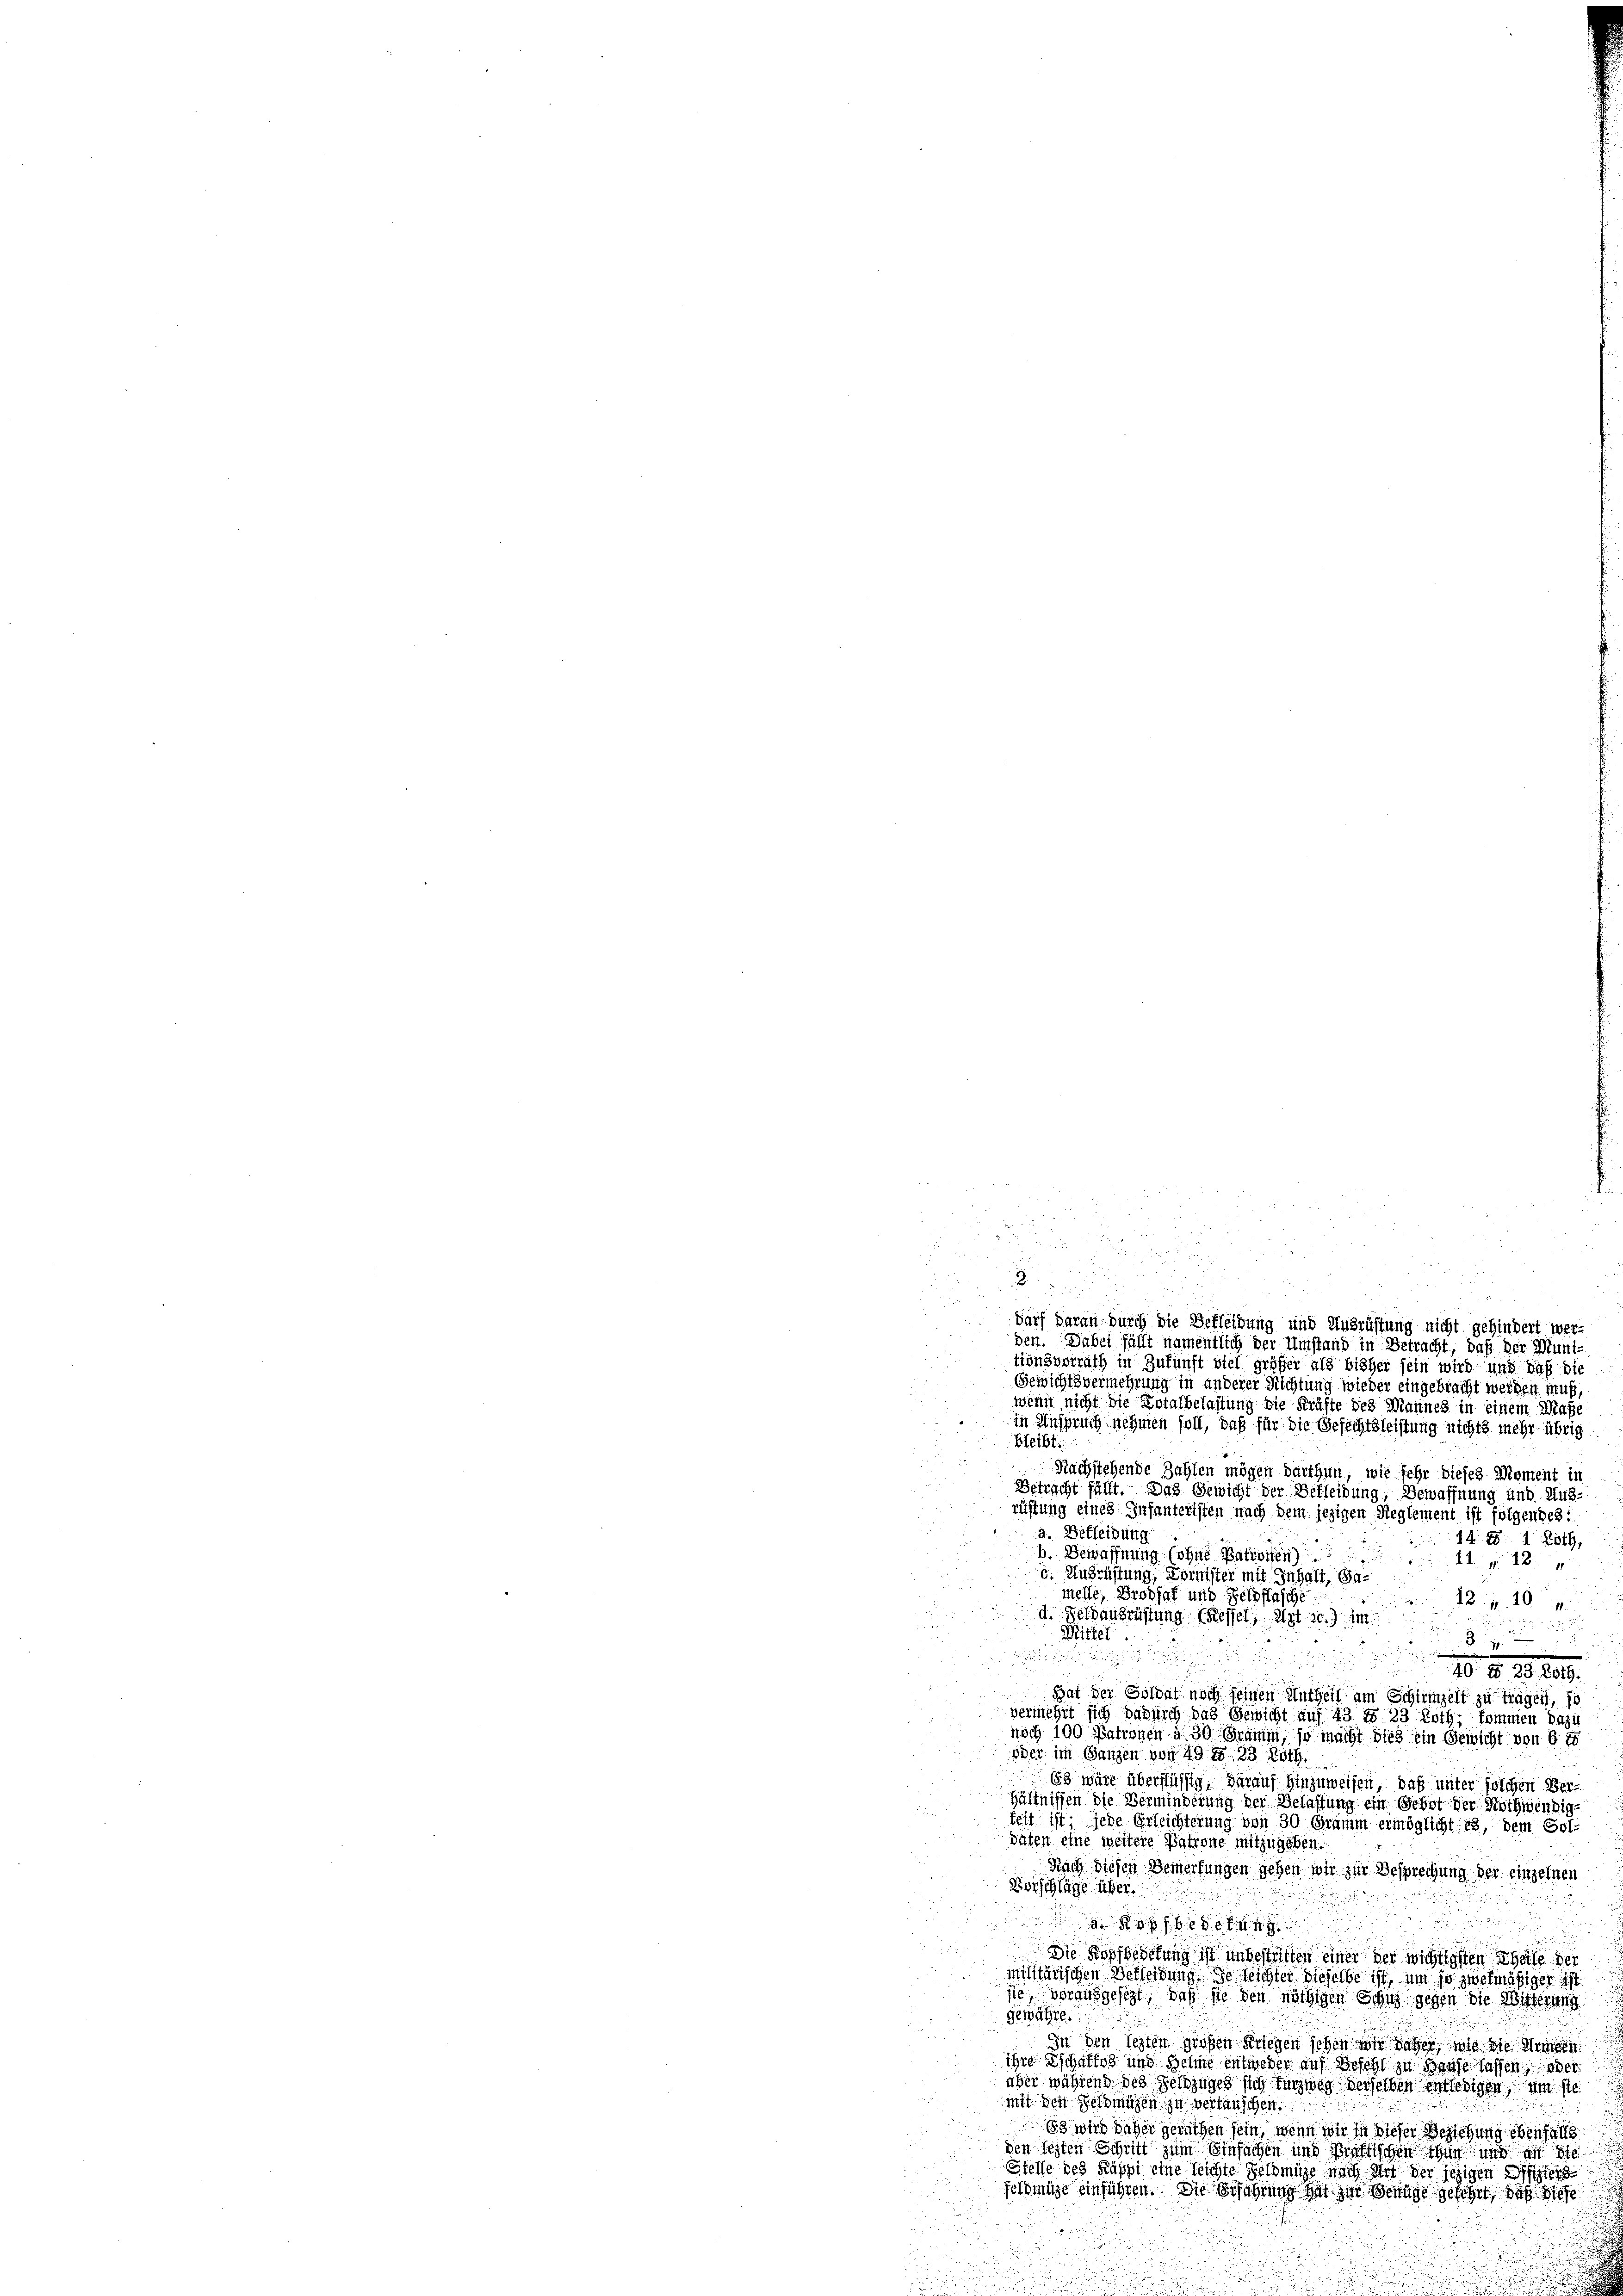
2
d

darf daran durch die Befleidung und Ausrüstung nicht gehindert wer¬

den. Dabei fällt namentlich der Umstand in Betracht, daß der Muni-
tionsvorrath in Zukunft viel größer als bisher sein wird und daß die
Gewichtsvermehrung in anderer Richtung wieder eingebracht werden muß,
wenn nicht die Dotalbelastung die Kräfte des Mannes in einem Maße
in Anspruch nehmen soll, daß für die Gefechtsleistung nichts mehr übrig
bleibt.
Nachstehende Zahlen mögen darthun, wie sehr dieses Moment in
Betracht fällt. Das Gewicht der Befleibung, Bewaffnung und Aus-
rüstung eines Infanteristen nach dem jezigen Reglement ist folgendes:
a. Bekleidung
14. d. 1 Loth,
b. Bewaffnung (ohne Vaterien)
  .
c. Ausrüstung, Dornister mit Inhalt, Gamelle, Brodsaf und Geldflasche
12. 710
d. Gerausrüstung (Kessel, Art. 30. Im
Witter
Zu die
d

20. d. 28. 209.
Bat der Goldat noch seinen Untheil am Schirmgelt zu träget, so
vermehrt sich dadurch das Gewicht auf 43 n 23 Noth, kommen dazu
noch 100 Patronen à 30 Gramm, so macht dies ein Gewicht von 6 1
oder im Ganzen von 49 f. 33 Roth.
63 wäre überflüssig, darauf hinzuweisen, daß unter solchen Verhältnissen die Verminderung der Belassung ein Gebot der Nothwendigfeit ist jede Erleichterung von 30 Gramm ermöglicht es, dem Soldaten eine weitere Patrone mitzugeben.
Nach diesen Bemerkungen gehen wir zur Besprechung der einzelnen
Vorschläge über

oeden
Die Kopfbestung ist unbestritten einer der wichtigsten Theile der
militärischen Betheidung. Je weichter dieselbe ist, um so zwekmäßiger ist
sie, vorausgesezt, daß sie den nöthigen Schus gegen die Witterung
gewähre
In den lezten großen Kriegen sehen von daher, wie die Gemein
ihre Tschafts und Sehne entweder auf Bescht zu Hause lassen, oder
aber während des Geldzuges sich für weg derselben entledigen, um ste
mit den Geldmagen zu vertauschen.
83 wird daher gerathen sein, wenn wir in dieser Beziehung ebenfalls
den seiten Schritt zum Einfachen und Mistischen Zug und an d
Stelle des Käppi eine leichte Feldmige nach Art der jezigen Effe
feldmite einführen. Die Erfahrung hat zur Genüge gelehrt, daß diese